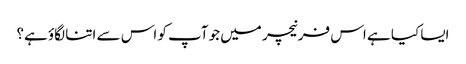
ایسا کیا ہے اس فرنیچر میں جو آپ کو اس سے اتنا لگاؤ ہے؟